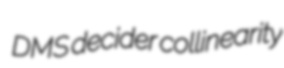
DMS decider collinearity